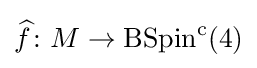
{\widehat {f}}\colon M\rightarrow \operatorname {BSpin} ^{\mathrm {c} }(4)